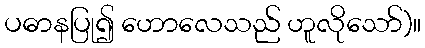
ပဓာနပြု၍ ဟောလေသည် ဟူလိုသော်)။